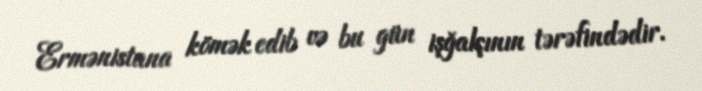
Ermənistana kömək edib və bu gün işğalçının tərəfindədir.